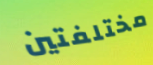
مختلفتين